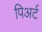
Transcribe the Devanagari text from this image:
पिअर्ट